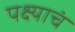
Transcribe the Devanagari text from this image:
पक्ष्याचं